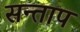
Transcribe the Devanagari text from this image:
सन्‍ताप